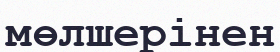
мөлшерінен